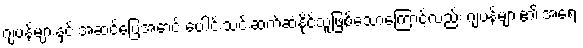
ဂျပန်များနှင့် အဆင်ပြေအောင် ပေါင်းသင်းဆက်ဆံနိုင်သူဖြစ်သောကြောင့်လည်း ဂျပန်များ၏ အရေး